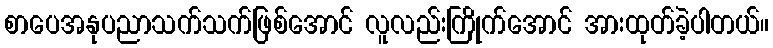
စာပေအနုပညာသက်သက်ဖြစ်အောင် လူလည်းကြိုက်အောင် အားထုတ်ခဲ့ပါတယ်။